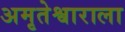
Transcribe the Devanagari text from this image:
अमृतेश्वाराला